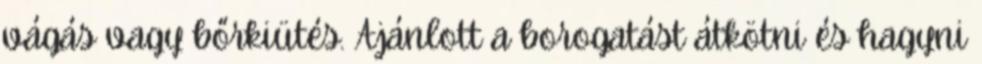
vágás vagy bőrkiütés. Ajánlott a borogatást átkötni és hagyni